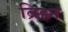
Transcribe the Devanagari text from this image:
ब्रिहन